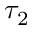
\tau _ { 2 }